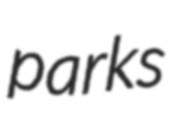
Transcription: parks